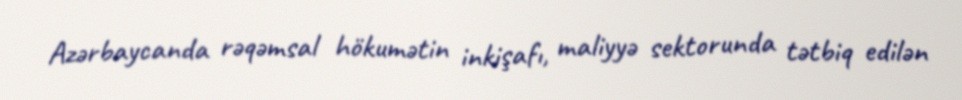
Azərbaycanda rəqəmsal hökumətin inkişafı, maliyyə sektorunda tətbiq edilən